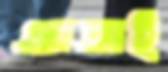
আতাই